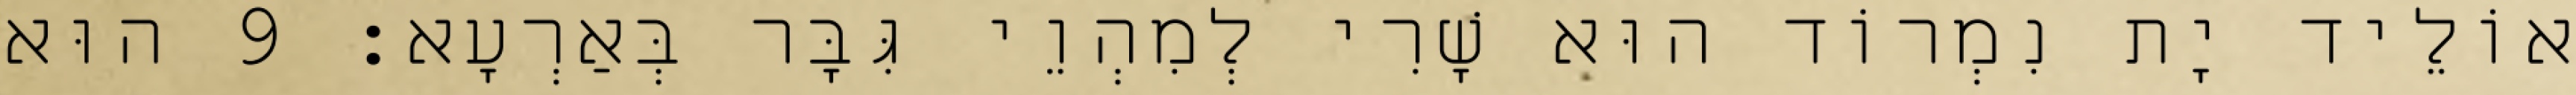
אוֹלֵיד יָת נִמְרוֹד הוּא שָׁרִי לְמִהְוֵי גִּבָּר בְּאַרְעָא׃ 9 הוּא